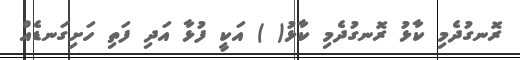
ރޮނގުދެމި ކާޅު ރޮނގުދެމި ކާޅު( ) އަކީ ފުޅާ އަދި ފަތި ހަށިގަނޑެއް